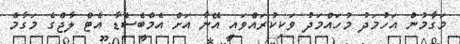
މަގާމުން އަހުމަދު މުހައްމަދު ވަކިކުރައްވައި އޭނާ އަށް އެމްބެސެޑާ އެޓް ލާޖްގެ މަގާމް